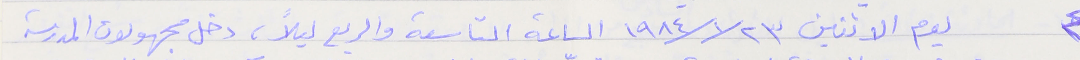
٤ يوم الاثنين ٢٣ /١٩٨٤/١ الساعة التاسعة والربع ليلاً، دخل مجهولون المدرسة